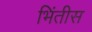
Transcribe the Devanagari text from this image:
भिंतीस